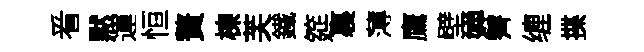
㸔黙運恒贅棟芙鐵筵裏薄鷹壁婵薺缠揲